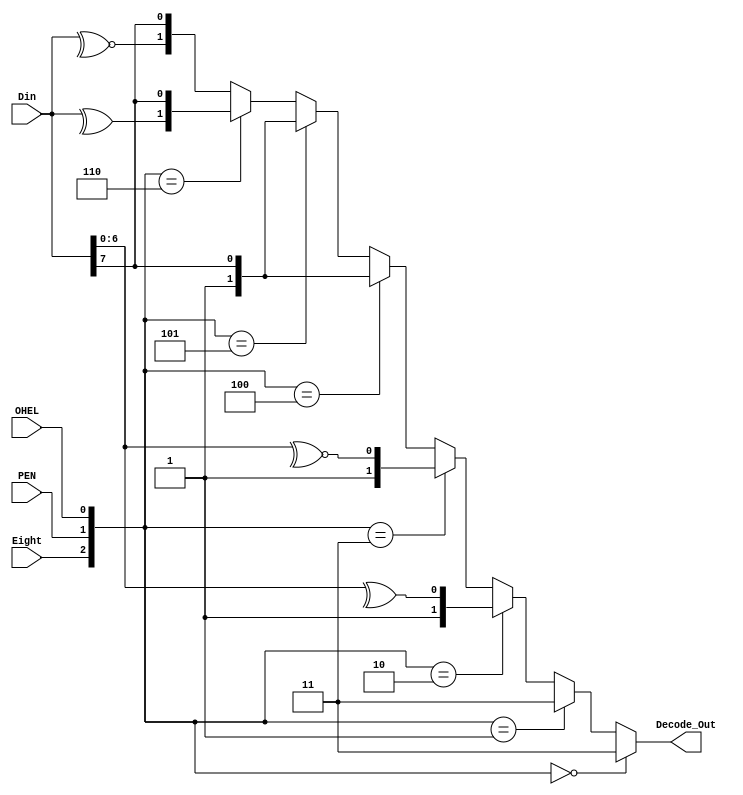
`timescale 1ns / 1ps
//////////////////////////////////////////////////////////////////////////////////
// Company: 
// Engineer: 
// 
// Design Name: 
// Module Name:    SD_Decode 
// Project Name: 
// Target Devices: 
// Tool versions: 
// Description: 
//
// Dependencies: 
//
// Revision: 
// Revision 0.01 - File Created
// Additional Comments: 
//
//////////////////////////////////////////////////////////////////////////////////
module SD_Decode( Eight, PEN, OHEL, Din, Decode_Out );
input        Eight, PEN, OHEL;
input  [7:0] Din;
output [1:0] Decode_Out;

assign Decode_Out = ( {Eight, PEN, OHEL} == 3'b000 ) ? 2'b11: 
             ( {Eight, PEN, OHEL} == 3'b001 ) ? 2'b11:
             ( {Eight, PEN, OHEL} == 3'b010 ) ? { 1'b1, ^Din[6:0] }:
             ( {Eight, PEN, OHEL} == 3'b011 ) ? { 1'b1, ~^Din[6:0] }:
             ( {Eight, PEN, OHEL} == 3'b100 ) ? { 1'b1, Din[7] }:
             ( {Eight, PEN, OHEL} == 3'b101 ) ? { 1'b1, Din[7] }:
				 ( {Eight, PEN, OHEL} == 3'b110 ) ? { ^Din[7:0], Din[7] }:
				 //( {Eight, PEN, OHEL} == 3'b111 ) ? 
				                                    { ~^Din[7:0], Din[7] };
	
endmodule